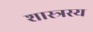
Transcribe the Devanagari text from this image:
शास्त्रस्य